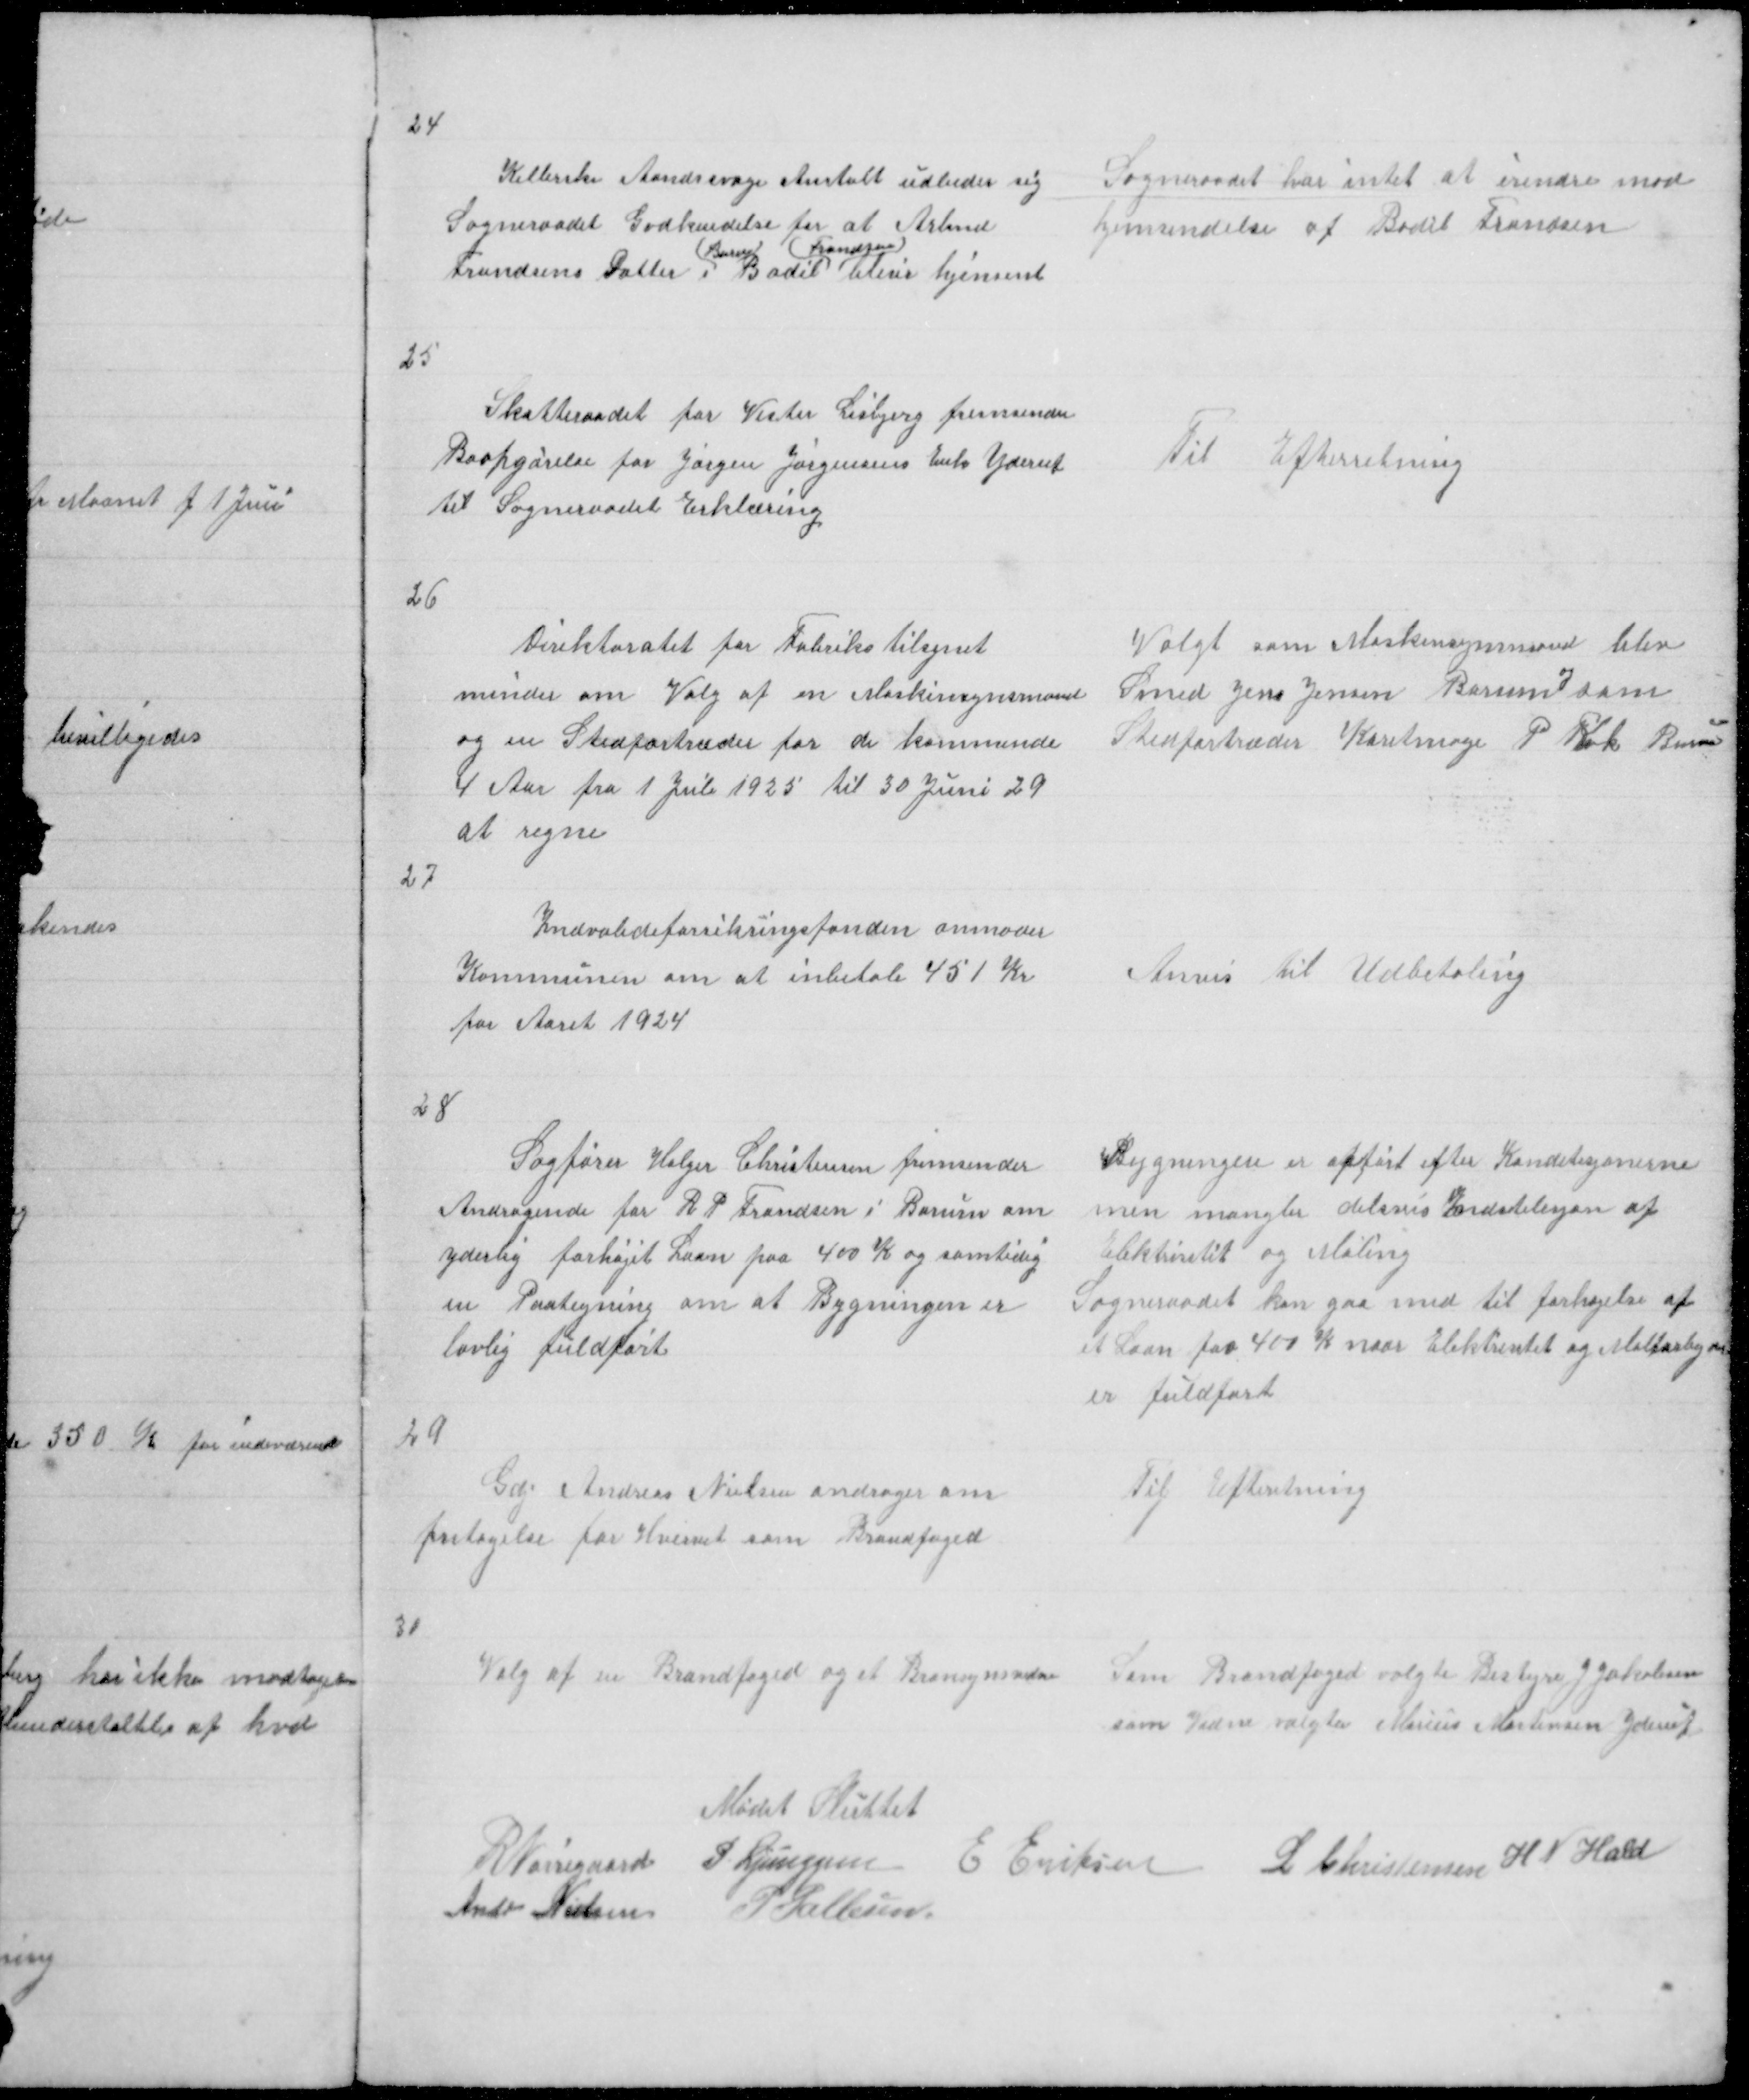
Transskription:
24

Kellerske Aandsvage Anstalt udbeder sig
Sogneraadet Godkendelse for at Arbmd
( Borum) ( Frandsen )
Frandsens Datter i Bodil bliver hjemsent

Sogneraadet har intet at erindre mod
hjemsendelse af Bodil Frandsen

25

Skatteraadet for Vester Lisbjerg fremsender
Boopgørelse for Jørgen Jørgensens Enke Yderup
til Sogneraadet Erklæring

Til Efterretning

26

Direktoratet for Faberikstilsynet
minder om Valg af en Maskinsynsmand
og en Stedfortræder for de kommende
4 Aar fra 1 Juli 1925 til 30 Juni 29
at regne

Valgt som Maskinsynsmand blev
og
Smed Jens J Borum som
Stedfortræder Karetmage P Kok Borum

27

Indvalideforsikringsfonden anmoder
Kommunen om at inbetale 451 Kr
for Aaret 1924

Anvis til Udbetaling

28
Sagfører Holger Christensen fremsender
Andragende for R P Frandsen i Borum om
yderlig forhøjet Laan paa 400 K og samtidig
en Paategning om at Bygningen er
lovlig fuldført

Bygningen er opført efter Kondetesjonerne
men mangler delvis Indstelesjon af
Elektrisitet og Maling
Sogneraadet kan gaa med til forhøjelse af
et Laan paa 400 K naar Elektrisitet og Malerarbejde
er fuldført

29
Gdj Andreas Nielsen andrager om
fritagelse for Hvervet som Brandfoged

Til Efterretning

30

Valg af Brandfoged og et Bransynsvidne

Som Brandfoged valgte Bestyre J Jakobsen
og som Vidne valgtes Marius Mortensen Yderup

Mødet Sluttet
R Nørregaard P. Ljunggren E Eriksen L Christensen H N Hald
Andr Nielsen P Pallesen